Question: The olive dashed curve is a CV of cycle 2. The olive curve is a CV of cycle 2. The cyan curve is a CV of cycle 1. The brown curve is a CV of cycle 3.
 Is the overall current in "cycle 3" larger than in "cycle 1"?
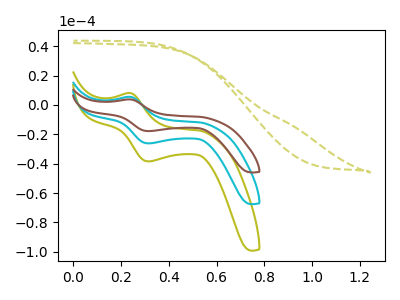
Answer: <think>The olive dashed curve "cycle 2" has no peaks. The olive curve "cycle 2" has an anodic peak at (0.25V, 11.00uA) and a cathodic peak at (0.30V, -52.35uA). The cyan curve "cycle 1" has an anodic peak at (0.25V, 5.50uA) and a cathodic peak at (0.30V, -26.20uA). The brown curve "cycle 3" has an anodic peak at (0.25V, 3.75uA) and a cathodic peak at (0.30V, -17.85uA).
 All the peaks in "cycle 3" have a peak in "cycle 1" at the same potential. Every peak in "cycle 3" is lower than every peak in "cycle 1".</think>
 <answer>"cycle 3" has less signal than "cycle 1".</answer>
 <eval>less_signal</eval>